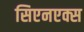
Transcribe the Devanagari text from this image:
सिएनएक्स